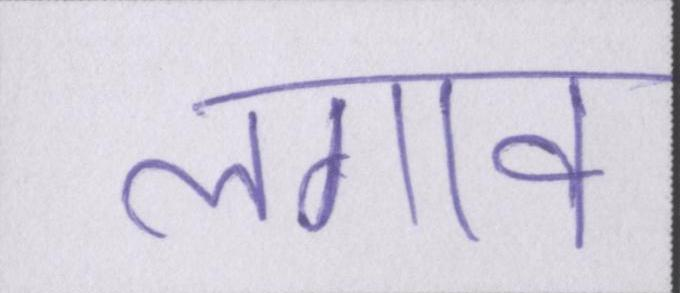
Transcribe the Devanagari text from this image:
लगाव